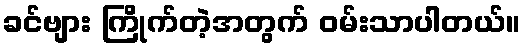
ခင်ဗျား ကြိုက်တဲ့အတွက် ဝမ်းသာပါတယ်။